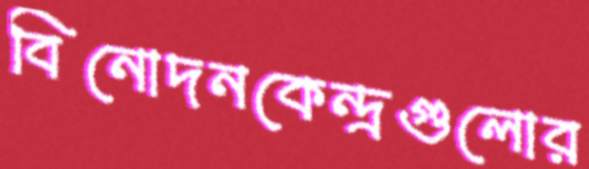
বিনোদনকেন্দ্রগুলোর